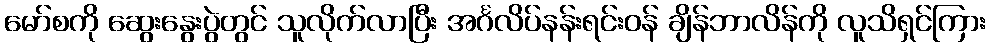
မော်စကို ဆွေးနွေးပွဲတွင် သူလိုက်လာပြီး အင်္ဂလိပ်နန်းရင်းဝန် ချိန်ဘာလိန်ကို လူသိရှင်ကြား